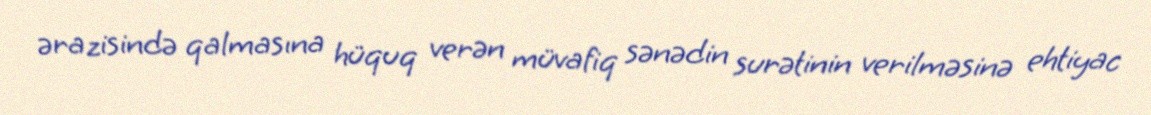
ərazisində qalmasına hüquq verən müvafiq sənədin surətinin verilməsinə ehtiyac